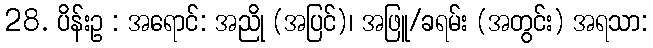
28. ပိန်းဥ : အရောင်: အညို (အပြင်)၊ အဖြူ/ခရမ်း (အတွင်း) အရသာ: